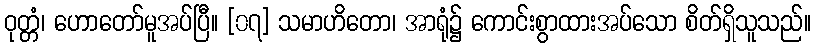
ဝုတ္တံ၊ ဟောတော်မူအပ်ပြီ။ [၀၇] သမာဟိတော၊ အာရုံ၌ ကောင်းစွာထားအပ်သော စိတ်ရှိသူသည်။